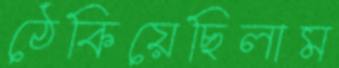
ঠেকিয়েছিলাম